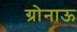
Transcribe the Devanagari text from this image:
ग्रोनाऊ